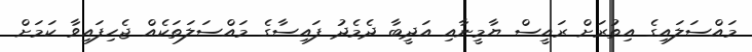
މައްސަލައިގެ އިތުރަށް ރައީސް ޔާމީނާއި އަދީބާ ދެމެދު ފައިސާގެ މައްސަލަތަކެއް ޖެހިފައިވާ ކަމަށް